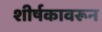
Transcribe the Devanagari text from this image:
शीर्षकावरून